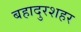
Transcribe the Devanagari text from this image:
बहादुरशहर